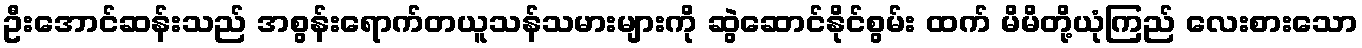
ဦးအောင်ဆန်းသည် အစွန်းရောက်တယူသန်သမားများကို ဆွဲဆောင်နိုင်စွမ်း ထက် မိမိတို့ယုံကြည် လေးစားသော